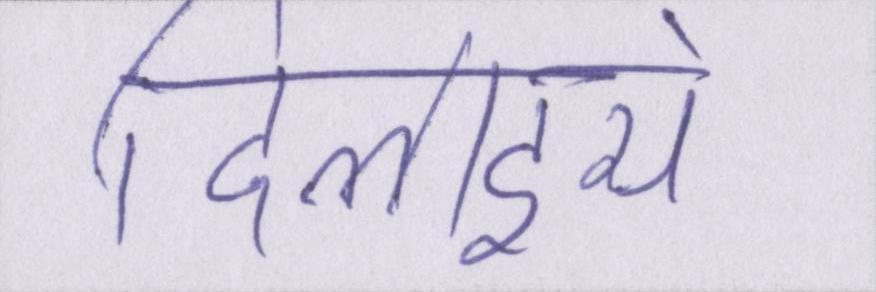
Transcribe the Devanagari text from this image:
दिलाइये